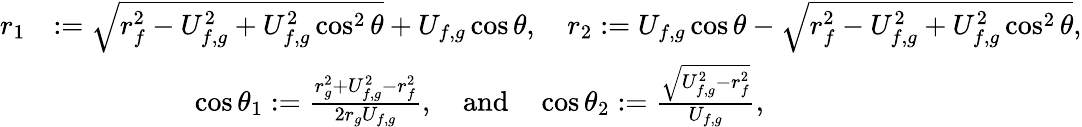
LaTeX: \begin{array}{rl}{r_{1}}&{:=\sqrt{r_{f}^{2}-U_{f,g}^{2}+U_{f,g}^{2}\cos^{2}\theta}+U_{f,g}\cos\theta,\quad r_{2}:=U_{f,g}\cos\theta-\sqrt{r_{f}^{2}-U_{f,g}^{2}+U_{f,g}^{2}\cos^{2}\theta},}\\ &{\qquad\quad\qquad\cos\theta_{1}:=\frac{r_{g}^{2}+U_{f,g}^{2}-r_{f}^{2}}{2r_{g}U_{f,g}},\quad\mathrm{and}\quad\cos\theta_{2}:=\frac{\sqrt{U_{f,g}^{2}-r_{f}^{2}}}{U_{f,g}},}\end{array}